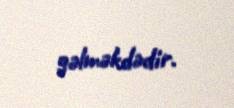
gəlməkdədir.